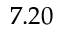
7 . 2 0